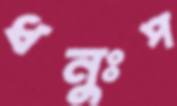
ধনুঃপ